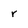
Character: r